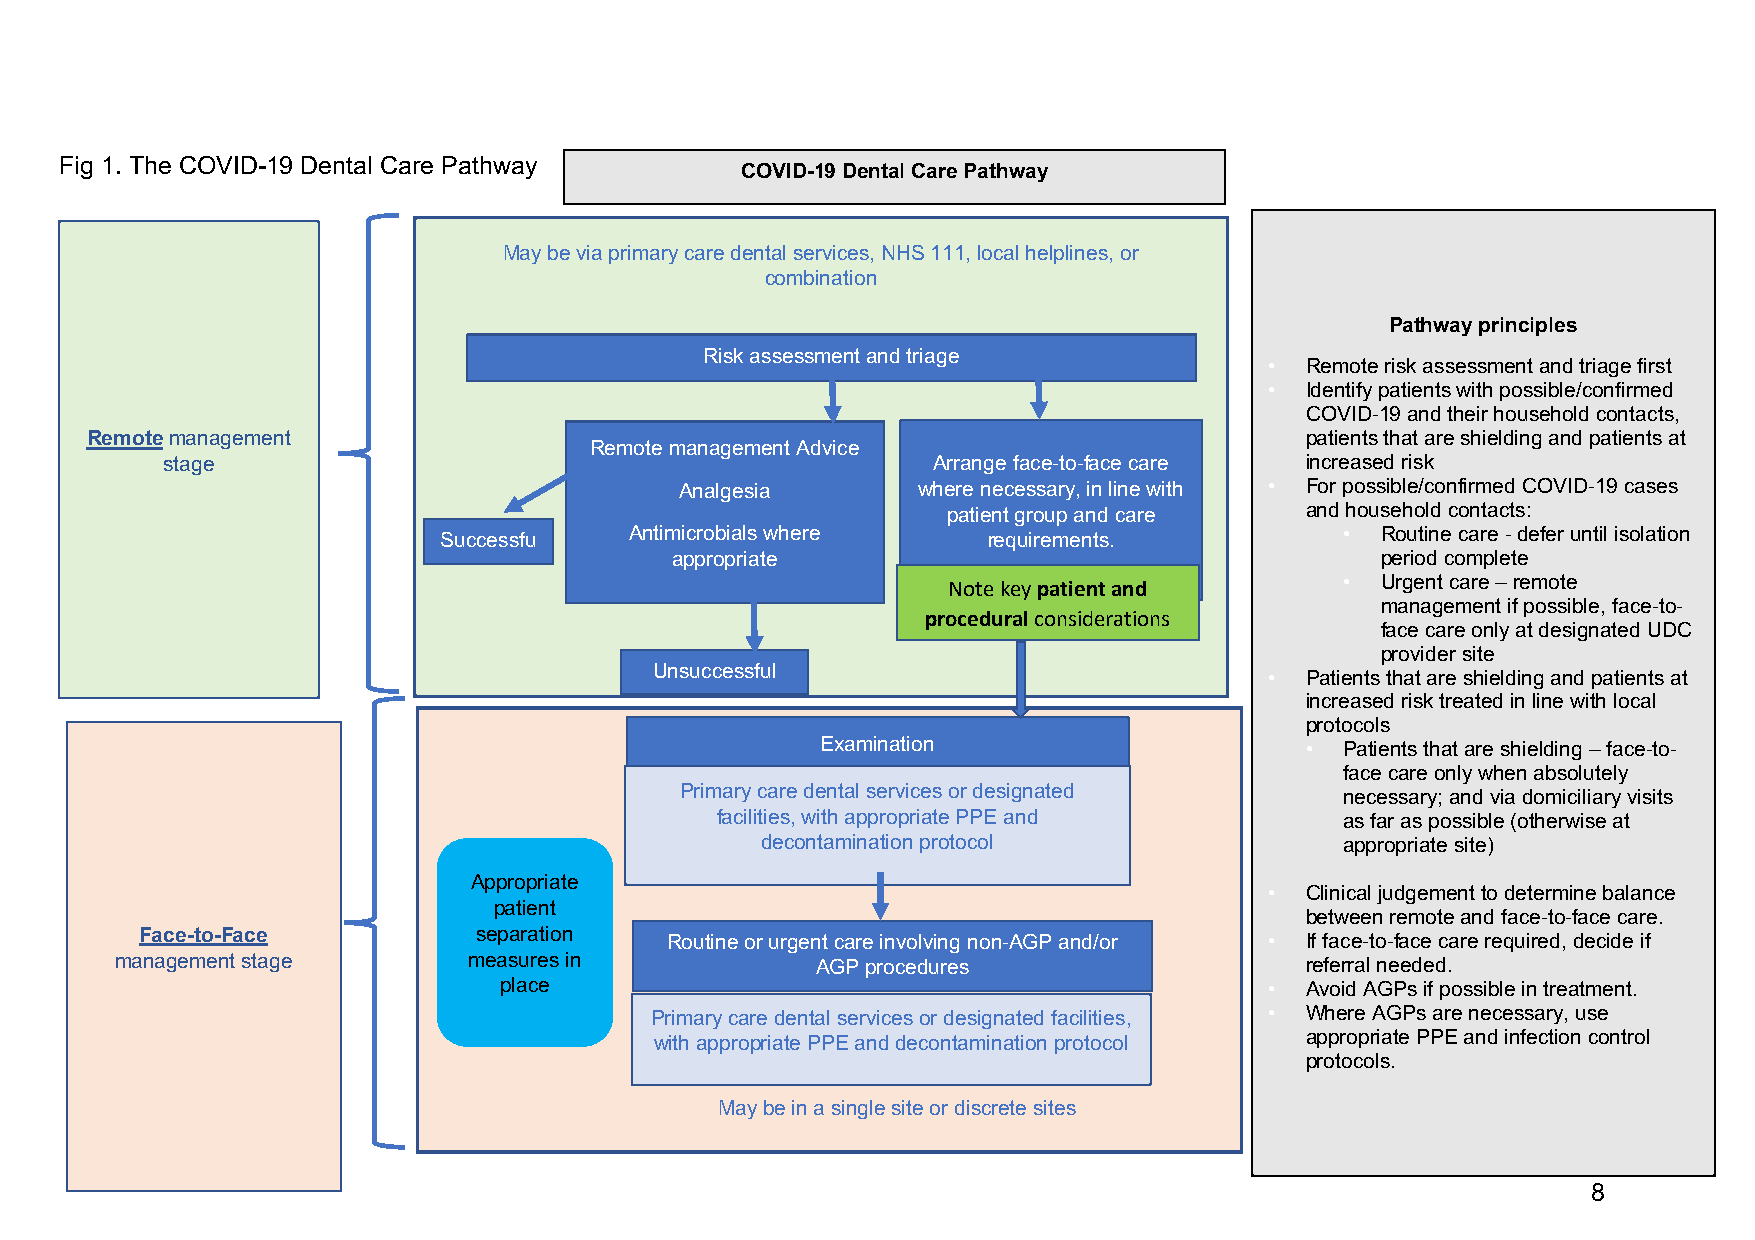
Fig 1. The COVID-19 Dental Care Pathway
 COVID-19 Dental Care Pathway
 May be via primary care dental services, NHS 111, local helplines, or
 Pathway principles
 combination
 •  Remote risk assessment and triage first
 Pathway principles
 •  Identify patients with possible/confirmed
 Risk assessment and triage
 • Remote risk assessment and triage first                                           COVID-19 and their household contacts,
 • Identify patients with possible/confirmed                                         shielded patients and patients at increased
 COVID-19 and their household contacts,
 risk
 Remote management                                                               patients that are shielding and patients at
 Remote management Advice                                                                                                      •  For possible/confirmed COVID-19 cases and
 stage                                              Arrange face-to-face care increased risk
 Analgesia       where necessary, in line with • For possible/confirmed COVID-19 cases                                      household contacts:
 patient group and care and household contacts:                                                             •  Routine care - defer until isolation
 Successfu    Antimicrobials where   requirements.           • Routine care - defer until isolation                                              period complete
 l           appropriate                                    period complete                                                                •  Urgent care – remote management if
 • Urgent care – remote
 Note key patient and                                                                                          possible, face-to-face care only at
 management if possible, face-to-
 procedural considerations                                                                                       designated UDC provider site
 face care only at designated UDC
 provider site                                                             •  Shielded patients and patients at increased
 Unsuccessful                             • Patients that are shielding and patients at                                       risk treated in line with local protocols
 increased risk treated in line with local                                           •  Shielded patients – face-to-face care
 protocols                                                                              only when absolutely necessary; and
 Examination                     •  Patients that are shielding – face-to-
 via domiciliary visits as far as possible
 face care only when absolutely
 Primary care dental services or designated                                                                                      (otherwise at appropriate site)
 necessary; and via domiciliary visits
 facilities, with appropriate PPE and      as far as possible (otherwise at                                            •  Clinical judgement to determine balance of
 decontamination protocol               appropriate site)                                                              remote and face-to- face care
 •  If face-to-face required, decide if referral
 Appropriate
 • Clinical judgement to determine balance                                           needed.
 patient
 between remote and face-to-face care.
 Face-to-Face           separation
 Routine or urgent care involving non-AGP and/or • If face-to-face care required, decide if
 management stage       measures in            AGP procedures                  referral needed.
 •  Avoid AGPs if possible in treatment. Where
 place                                              • Avoid AGPs if possible in treatment.
 AGPs necessary, use appropriate PPE and
 Primary care dental services or designated facilities, • Where AGPs are necessary, use
 appropriate PPE and infection control                                             infection control protocols.
 with appropriate PPE and decontamination protocol
 protocols.
 May be in a single site or discrete sites
 8
 Primary care dental services or